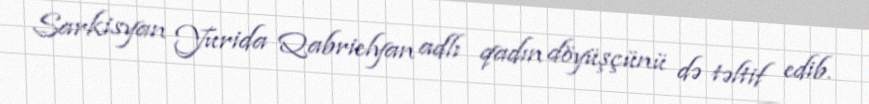
Sarkisyan Yurida Qabrielyan adlı qadın döyüşçünü də təltif edib.